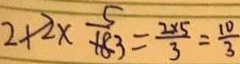
2 + 2 \times \frac { 5 } { 3 } = \frac { 2 \times 5 } { 3 } = \frac { 1 0 } { 3 }